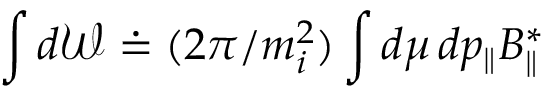
\int d \mathcal { W } \doteq ( 2 \pi / m _ { i } ^ { 2 } ) \int d \mu \, d p _ { \parallel } B _ { \parallel } ^ { * }